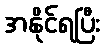
အနိုင်ရပြီး